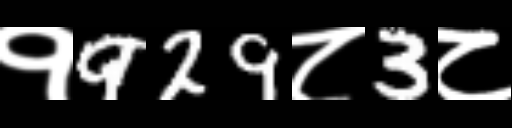
Text: १929८3८